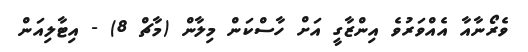
ވެރޯނާއާ އެއްވަރުވެ އިންޒާގީ އަށް ހާސްކަން މިލާން (މާޗް 8) - އިޓާލިއަން